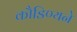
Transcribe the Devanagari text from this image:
कौडिण्यने